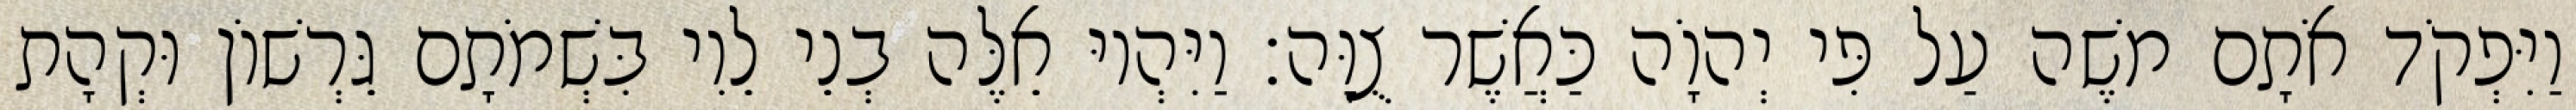
וַיִּפְקֹד אֹתָם משֶׁה עַל פִּי יְהוָֹה כַּאֲשֶׁר צֻוָּה׃ וַיִּהְיוּ אֵלֶּה בְנֵי לֵוִי בִּשְׁמֹתָם גֵּרְשׁוֹן וּקְהָת